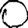
Digit: 0